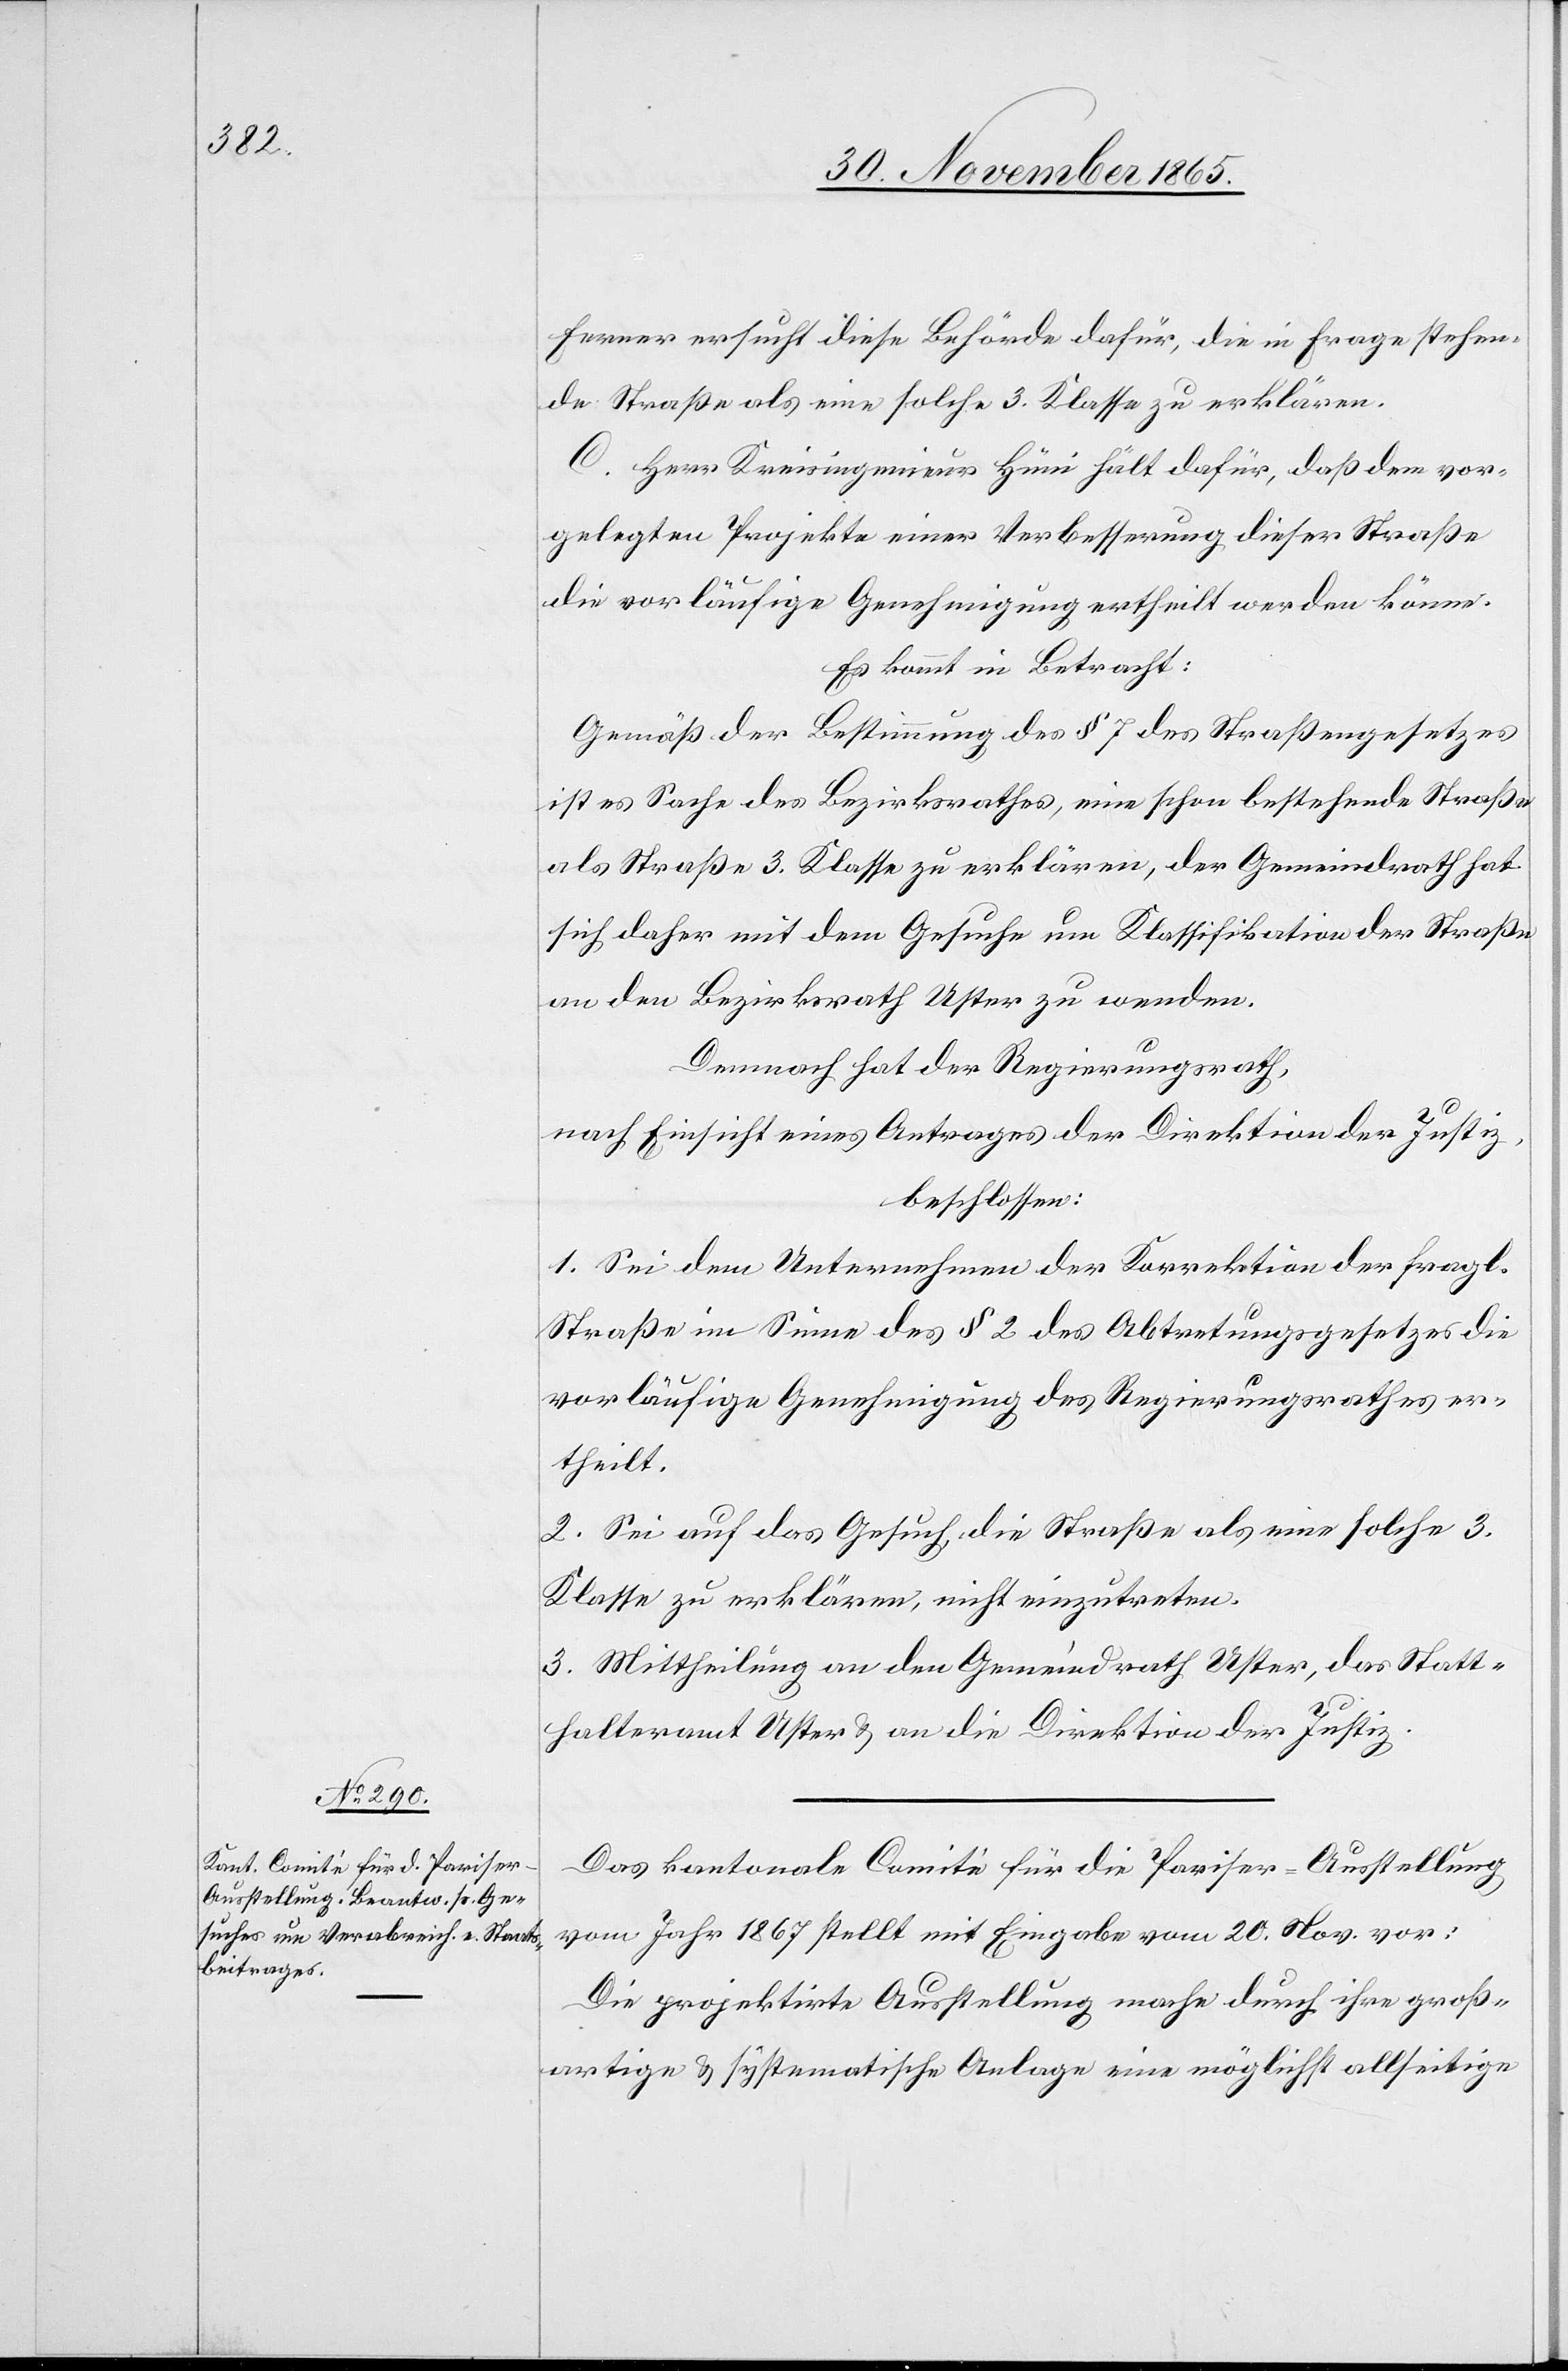
Ferner ersucht diese Behörde dafür, die in Frage stehen¬
de Straße als eine solche 3. Klasse zu erklären.
C. Herr Kreisingenieur Hüni hält dafür, daß dem vor¬
gelegten Projekte einer Verbesserung dieser Straße
die vorläufige Genehmigung ertheilt werden könne.
Es kommt in Betracht:
Gemäß der Bestimmung des § 7 des Straßengesetzes
ist es Sache des Bezirksrathes, eine schon bestehende Straße
als Straße 3. Klasse zu erklären, der Gemeindrath hat
sich daher mit dem Gesuche um Klassifikation der Straße
an den Bezirksrath Uster zu wenden.
Demnach hat der Regierungsrath,
nach Einsicht eines Antrages der Direktion der Justiz,
beschlossen:
1. Sei dem Unternehmen der Korrektion der fragl.
Straße im Sinne des § 2 des Abtretungsgesetzes die
vorläufige Genehmigung des Regierungsrathes er¬
theilt.
2. Sei auf des Gesuch, die Straße als eine solche 3.
Klasse zu erklären, nicht einzutreten.
3. Mittheilung an den Gemeindrath Uster, das Statt¬
halteramt Uster & an die Direktion der Justiz.
Das kantonale Comité für die Pariser-Ausstellung
vom Jahr 1867 stellt mit Eingabe vom 20. Nov. vor:
Die projektirte Ausstellung mache durch ihre groß¬
artige & systematische Anlage eine möglichst allseitige